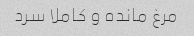
مرغ مانده و کاملا سرد